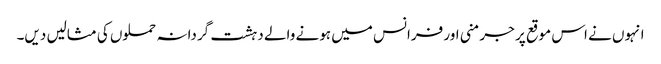
انہوں نے اس موقع پر جرمنی اور فرانس میں ہونے والے دہشت گردانہ حملوں کی مثالیں دیں۔